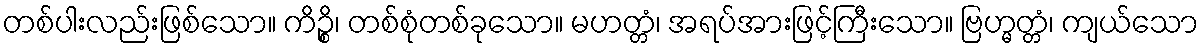
တစ်ပါးလည်းဖြစ်သော။ ကိဉ္စိ၊ တစ်စုံတစ်ခုသော။ မဟတ္တံ၊ အရပ်အားဖြင့်ကြီးသော။ ဗြဟ္မတ္တံ၊ ကျယ်သော